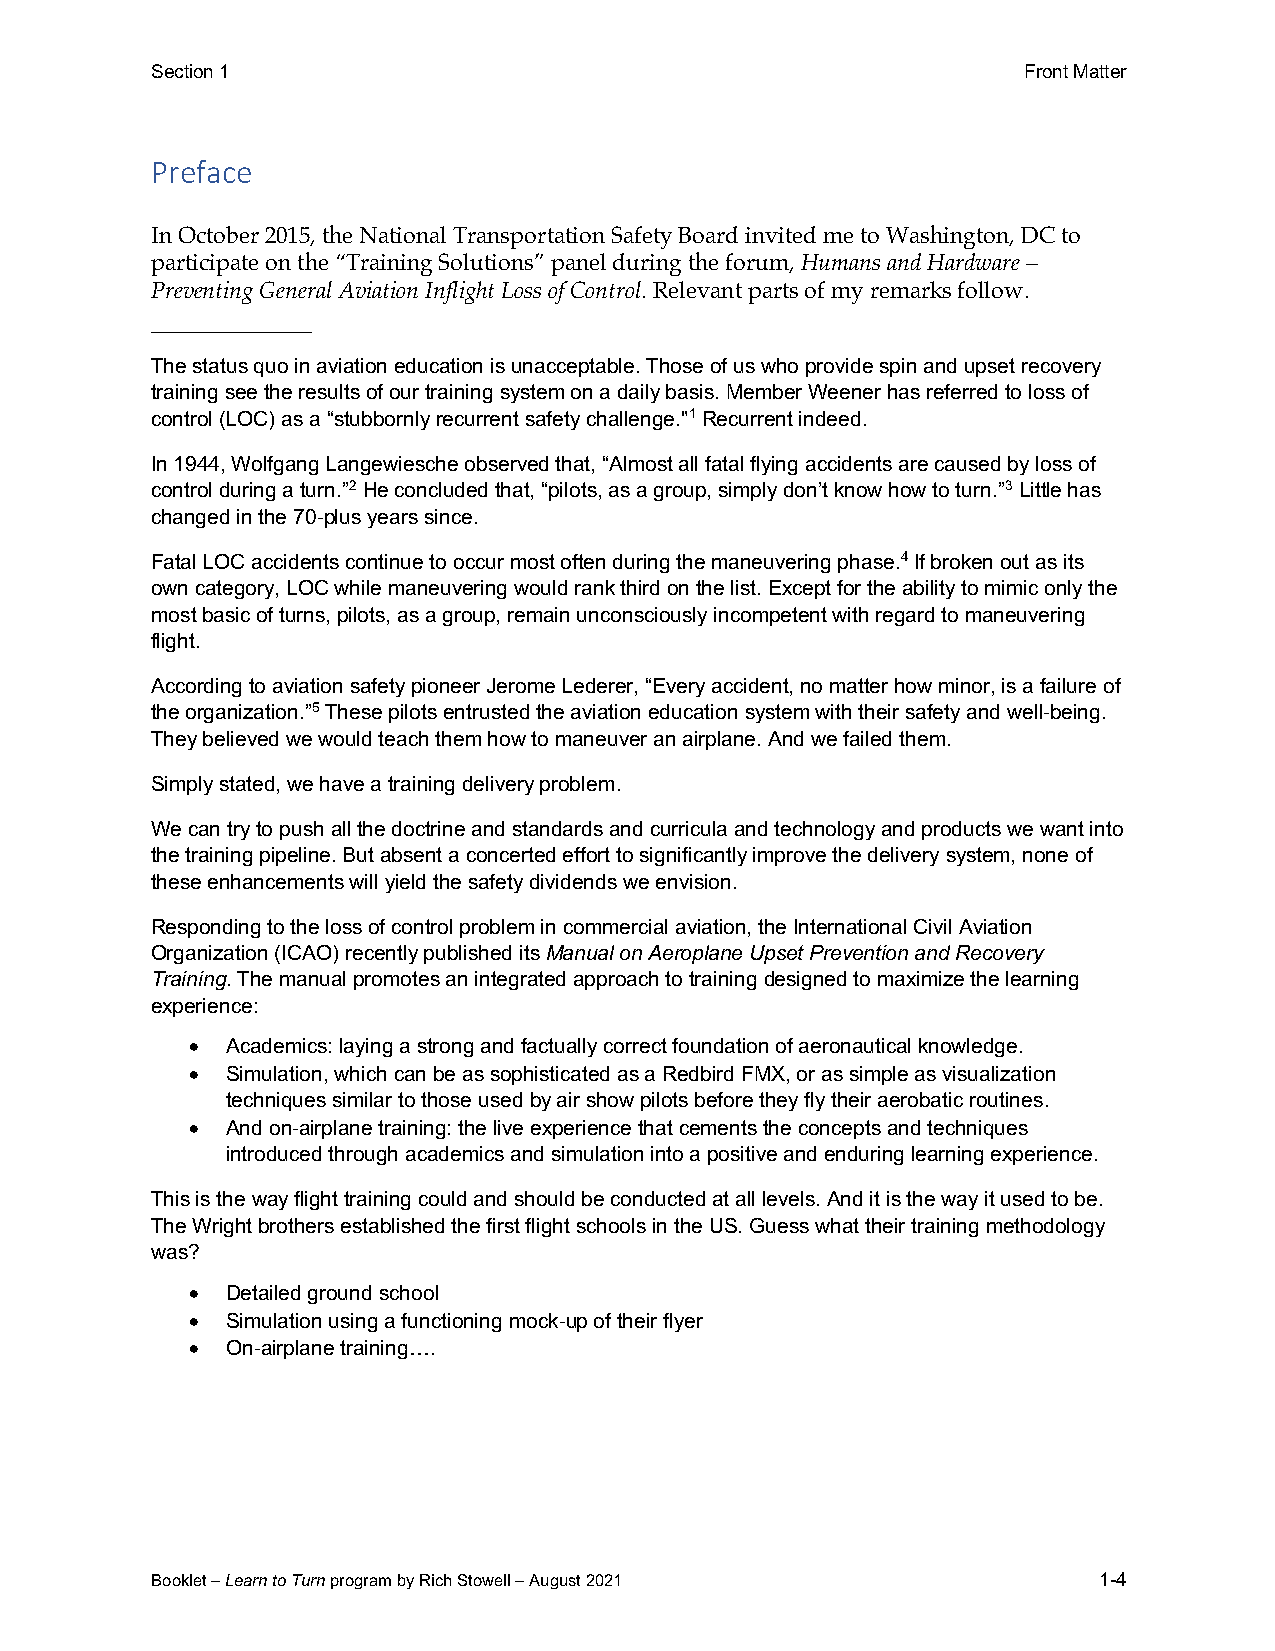
Section 1                                                 Front Matter
 Preface
 In October 2015, the National Transportation Safety Board invited me to Washington, DC to
 participate on the “Training Solutions” panel during the forum, Humans and Hardware –
 Preventing General Aviation Inflight Loss of Control. Relevant parts of my remarks follow.
 ———————
 The status quo in aviation education is unacceptable. Those of us who provide spin and upset recovery
 training see the results of our training system on a daily basis. Member Weener has referred to loss of
 control (LOC) as a “stubbornly recurrent safety challenge."1 Recurrent indeed.
 In 1944, Wolfgang Langewiesche observed that, “Almost all fatal flying accidents are caused by loss of
 control during a turn.”2 He concluded that, “pilots, as a group, simply don’t know how to turn.”3 Little has
 changed in the 70-plus years since.
 Fatal LOC accidents continue to occur most often during the maneuvering phase.4 If broken out as its
 own category, LOC while maneuvering would rank third on the list. Except for the ability to mimic only the
 most basic of turns, pilots, as a group, remain unconsciously incompetent with regard to maneuvering
 flight.
 According to aviation safety pioneer Jerome Lederer, “Every accident, no matter how minor, is a failure of
 the organization.”5 These pilots entrusted the aviation education system with their safety and well-being.
 They believed we would teach them how to maneuver an airplane. And we failed them.
 Simply stated, we have a training delivery problem.
 We can try to push all the doctrine and standards and curricula and technology and products we want into
 the training pipeline. But absent a concerted effort to significantly improve the delivery system, none of
 these enhancements will yield the safety dividends we envision.
 Responding to the loss of control problem in commercial aviation, the International Civil Aviation
 Organization (ICAO) recently published its Manual on Aeroplane Upset Prevention and Recovery
 Training. The manual promotes an integrated approach to training designed to maximize the learning
 experience:
 •  Academics: laying a strong and factually correct foundation of aeronautical knowledge.
 •  Simulation, which can be as sophisticated as a Redbird FMX, or as simple as visualization
 techniques similar to those used by air show pilots before they fly their aerobatic routines.
 •  And on-airplane training: the live experience that cements the concepts and techniques
 introduced through academics and simulation into a positive and enduring learning experience.
 This is the way flight training could and should be conducted at all levels. And it is the way it used to be.
 The Wright brothers established the first flight schools in the US. Guess what their training methodology
 was?
 •  Detailed ground school
 •  Simulation using a functioning mock-up of their flyer
 •  On-airplane training….
 Booklet – Learn to Turn program by Rich Stowell – August 2021  1-4